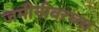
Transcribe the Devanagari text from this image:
जमीनीवरच्या